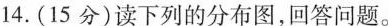
14.(15分)读下列的分布图，回答问题。